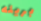
بريئه